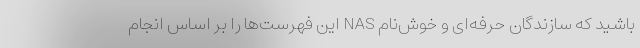
باشید که سازندگان حرفه‌ای و خوش‌نام NAS این فهرست‌ها را بر اساس انجام